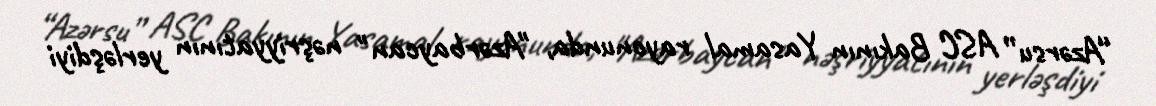
“Azərsu” ASC Bakının Yasamal rayonunda, "Azərbaycan" nəşriyyatının yerləşdiyi